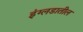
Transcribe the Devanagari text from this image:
इंग्लडातील